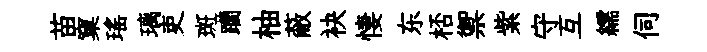
苗窠瑤璃吏斑躪柚蔽袂悽东桮禦紫守互繻伺